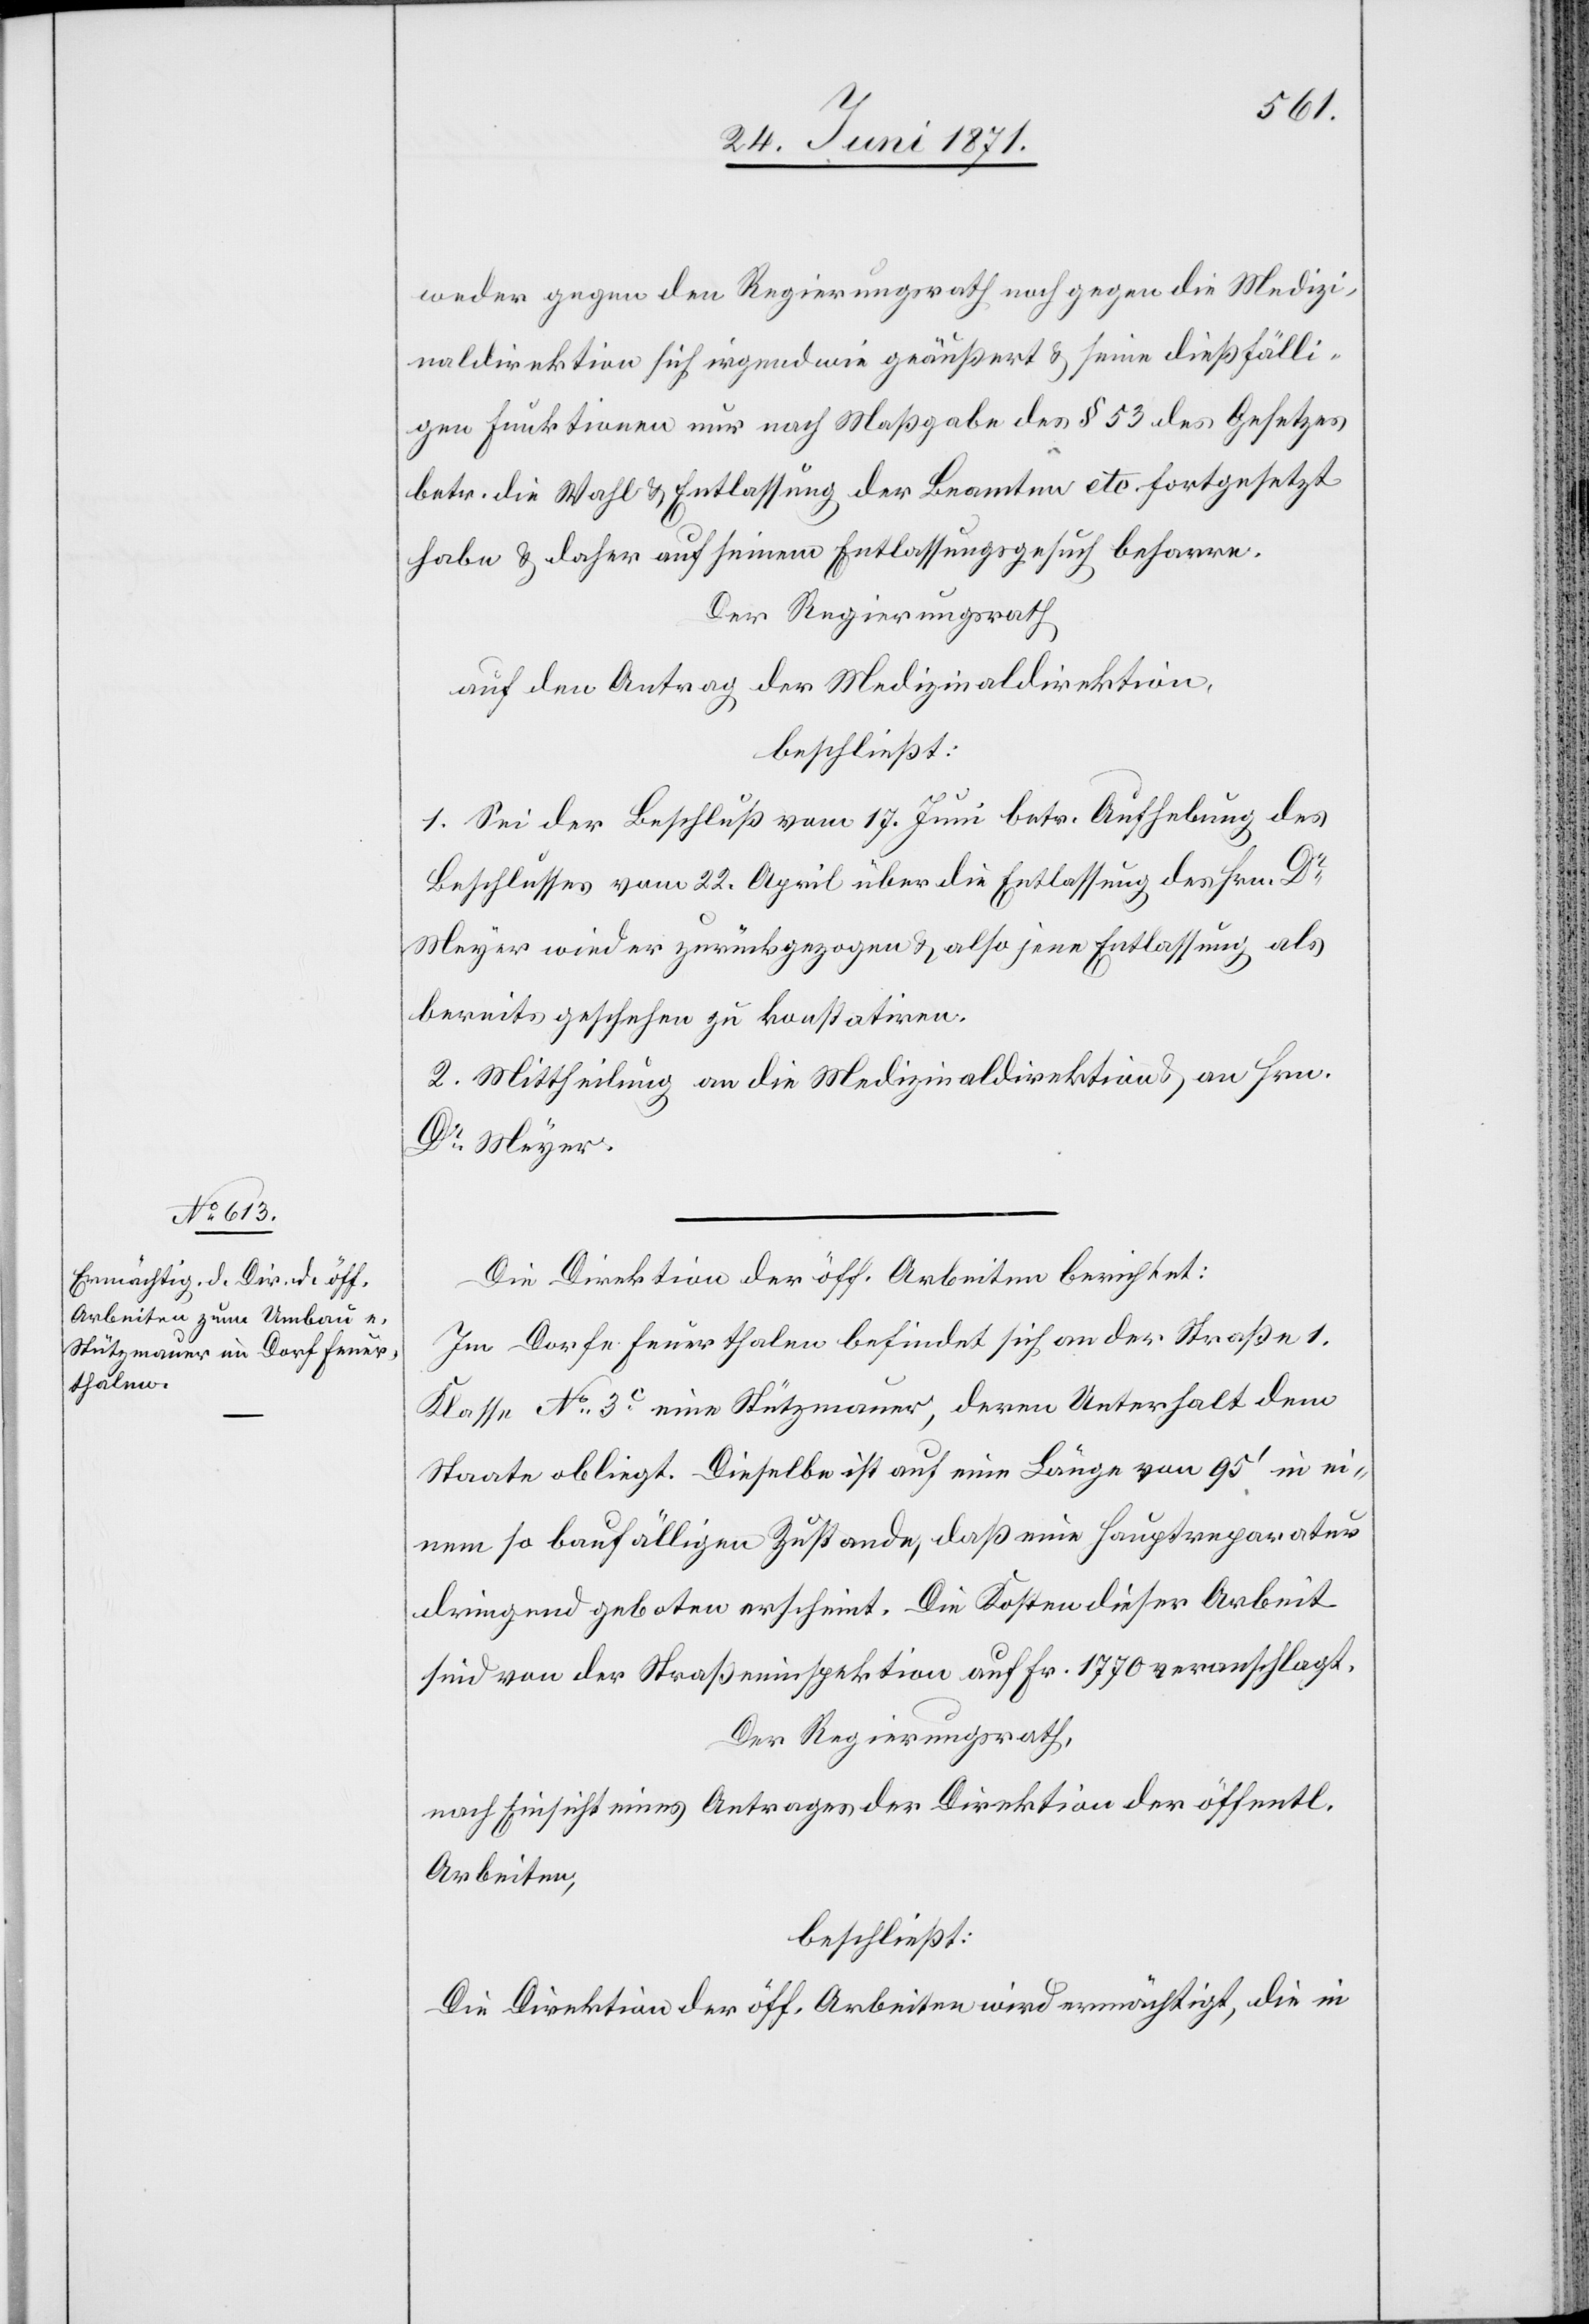
weder gegen den Regierungsrath noch gegen die Medizi¬
naldirektion sich irgendwie geäußert u. seine dießfälli¬
gen Funktionen nur nach Maßgabe des § 53 des Gesetzes
betr. die Wahl u. Entlassung der Beamten etc. fortgesetzt
habe u. daher auf seinem Entlassungsgesuch beharre.
Der Regierungsrath
auf den Antrag der Medizinaldirektion,
beschließt:
1. Sei der Beschluß vom 17. Juni betr. Aufhebung des
Beschlusses vom 22. April über die Entlassung des Hrn. Dr.
Meyer wieder zurückgezogen u. also jene Entlassung als
bereits geschehen zu konstatiren.
2. Mittheilung an die Medizinaldirektion u. an Hrn.
Dr. Meyer.
Die Direktion der öff. Arbeiten berichtet:
Im Dorfe Feuerthalen befindet sich an der Straße 1.
Klasse No. 3c eine Stützmauer, deren Unterhalt dem
Staate obliegt. Dieselbe ist auf eine Länge von 95‘ in ei¬
nem so baufälligen Zustande, daß eine Hauptreparatur
dringend geboten erscheint. Die Kosten dieser Arbeit
sind von der Straßeninspektion auf Fr. 1770 veranschlagt.
Der Regierungsrath,
nach Einsicht eines Antrages der Direktion der öffentl.
Arbeiten,
beschließt:
Die Direktion der öff. Arbeiten wird ermächtigt, die in